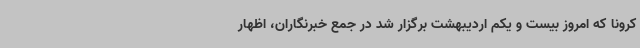
کرونا که امروز بیست و یکم اردیبهشت برگزار شد در جمع خبرنگاران، اظهار